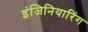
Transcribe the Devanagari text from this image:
इंजिनियारिंग